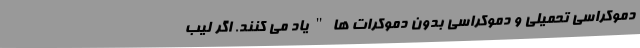
دموکراسی تحمیلی و دموکراسی بدون دموکرات ها " یاد می کنند. اگر لیب